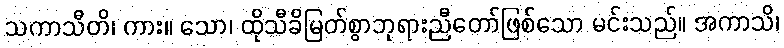
သကာသီတိ၊ ကား။ သော၊ ထိုသီခိမြတ်စွာဘုရားညီတော်ဖြစ်သော မင်းသည်။ အကာသိ၊